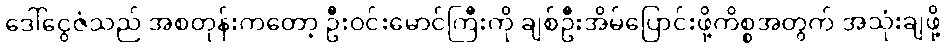
ဒေါ်ငွေဇံသည် အစတုန်းကတော့ ဦးဝင်းမောင်ကြီးကို ချစ်ဦးအိမ်ပြောင်းဖို့ကိစ္စအတွက် အသုံးချဖို့